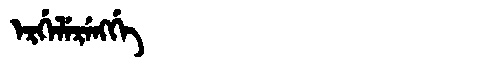
Manchu: ᡝᡵᡤᡝᠯᡝᡵᡝᠩᡤᡝ
Romanization: ERGELERENGGE